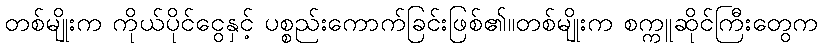
တစ်မျိုးက ကိုယ်ပိုင်ငွေနှင့် ပစ္စည်းကောက်ခြင်းဖြစ်၏။တစ်မျိုးက စက္ကူဆိုင်ကြီးတွေက